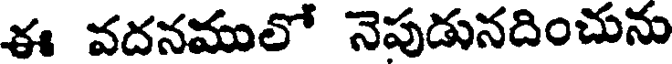
ఈ వదనములో నెపుడునదించును